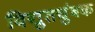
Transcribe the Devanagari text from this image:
विद्युतचुंबक